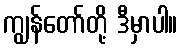
ကျွန်တော်တို့ ဒီမှာပါ။